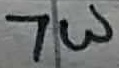
Text: 7W